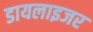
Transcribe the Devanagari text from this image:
डायलाइजर